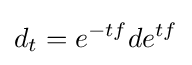
d_{t}=e^{-tf}de^{tf}